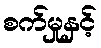
စက်မှုနှင့်